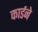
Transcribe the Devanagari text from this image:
कार्डने